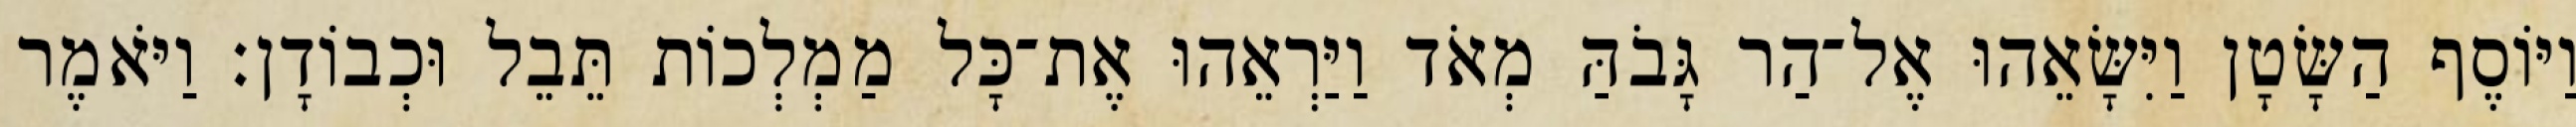
וַיּוֹסֶף הַשָּׂטָן וַיִּשָּׂאֵהוּ אֶל־הַר גָּבֹהַּ מְאֹד וַיַּרְאֵהוּ אֶת־כָּל מַמְלְכוֹת תֵּבֵל וּכְבוֹדָן׃ וַיֹּאמֶר